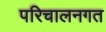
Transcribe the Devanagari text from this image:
परिचालनगत